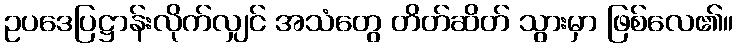
ဥပဒေပြဋ္ဌာန်းလိုက်လျှင် အသံတွေ တိတ်ဆိတ် သွားမှာ ဖြစ်လေ၏။